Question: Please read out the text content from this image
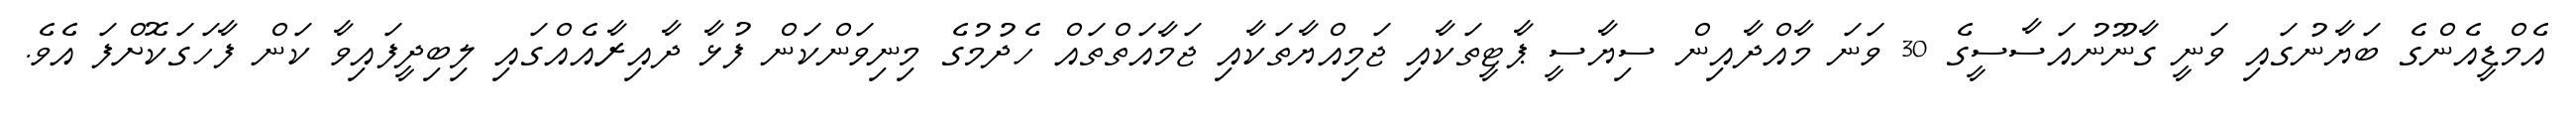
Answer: އެމްޑީއެންގެ ބަޔާނުގައި ވަނީ ގާނޫނުއަސާސީގެ 30 ވަނަ މާއްދާއިން ސިޔާސީ ޕާޓީތަކާއި ޖަމިއްޔާތަކާއި ޖަމާއަތްތައް ހެދުމުގެ މިނިވަންކަން ފުޅާ ދާއިރާއެއްގައި ލިބިދީފައިވާ ކަން ފާހަގަކޮށްފަ އެވެ.